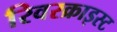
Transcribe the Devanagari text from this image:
रिवरक्राइस्ट